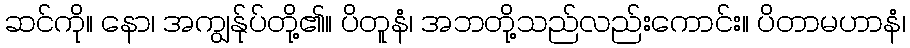
ဆင်ကို။ နော၊ အကျွန်ုပ်တို့၏။ ပိတူနံ၊ အဘတို့သည်လည်းကောင်း။ ပိတာမဟာနံ၊